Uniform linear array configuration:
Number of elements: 16
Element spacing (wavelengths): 1
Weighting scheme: binomial
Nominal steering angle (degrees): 30
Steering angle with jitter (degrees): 29.411
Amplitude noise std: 0.05
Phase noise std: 0.05

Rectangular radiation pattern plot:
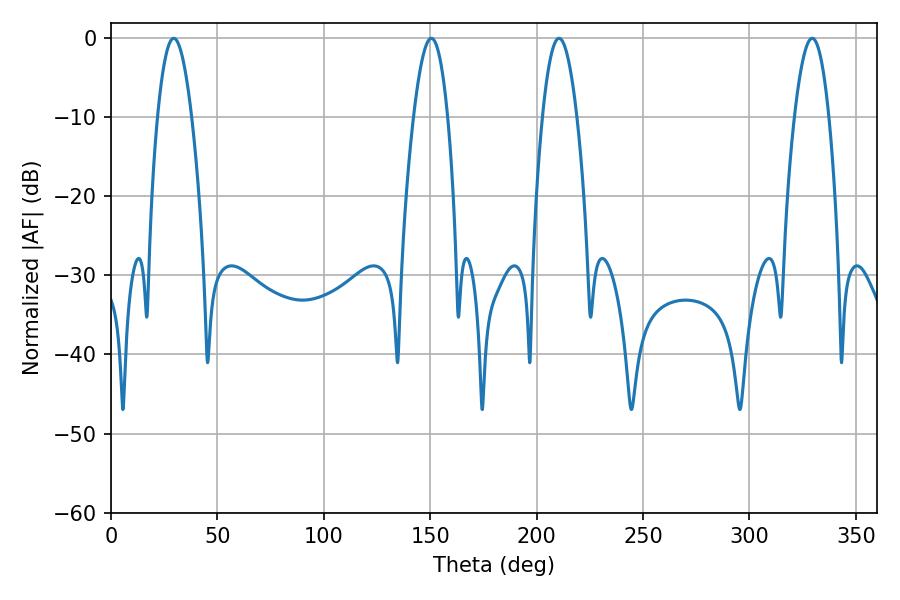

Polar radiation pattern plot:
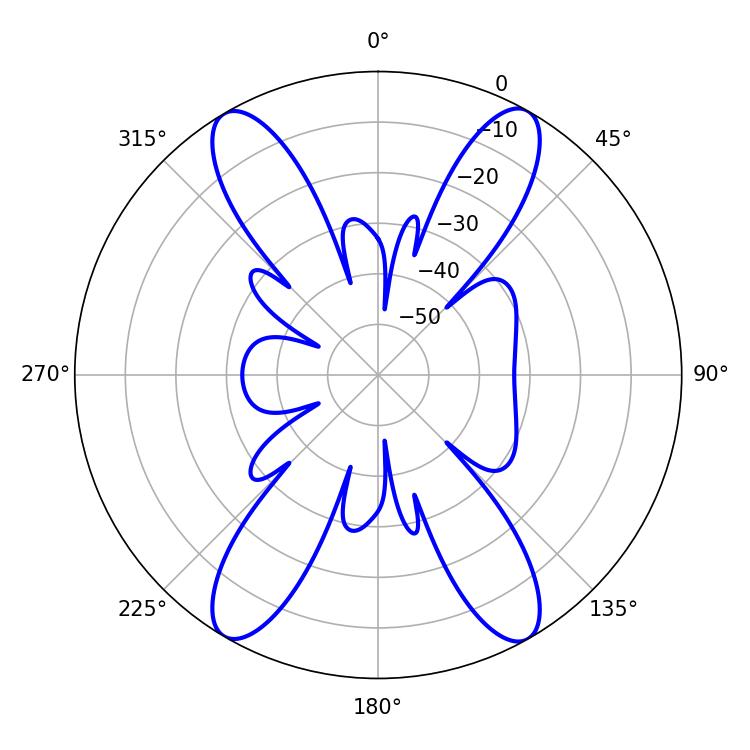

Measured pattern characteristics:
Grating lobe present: TRUE
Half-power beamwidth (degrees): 8.82
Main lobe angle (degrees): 29.52